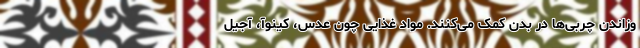
وزاندن چربی‌ها در بدن کمک می‌کنند. مواد غذایی چون عدس، کینوآ، آجیل